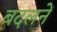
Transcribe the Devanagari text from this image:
बदलनें